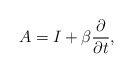
\begin{align*}A=I+\beta\dfrac{\partial}{\partial t},\end{align*}